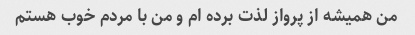
من همیشه از پرواز لذت برده ام و من با مردم خوب هستم